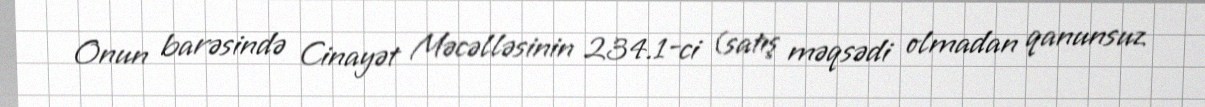
Onun barəsində Cinayət Məcəlləsinin 234.1-ci (satış məqsədi olmadan qanunsuz